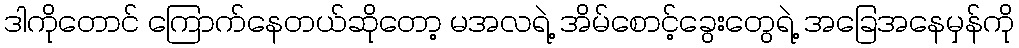
ဒါကိုတောင် ကြောက်နေတယ်ဆိုတော့ မအလရဲ့ အိမ်စောင့်ခွေးတွေရဲ့ အခြေအနေမှန်ကို